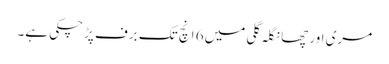
مری اور چھانگلہ گلی میں 6 انچ تک برف پڑچکی ہے۔